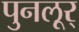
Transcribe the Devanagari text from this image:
पुनलूर्